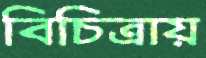
বিচিত্রায়